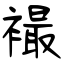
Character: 襊